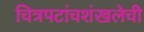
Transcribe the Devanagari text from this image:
चित्रपटांचशंखलेची